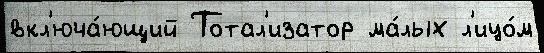
вкл'юча́ющий Тотал'изатор ма́лых л'ицо́м